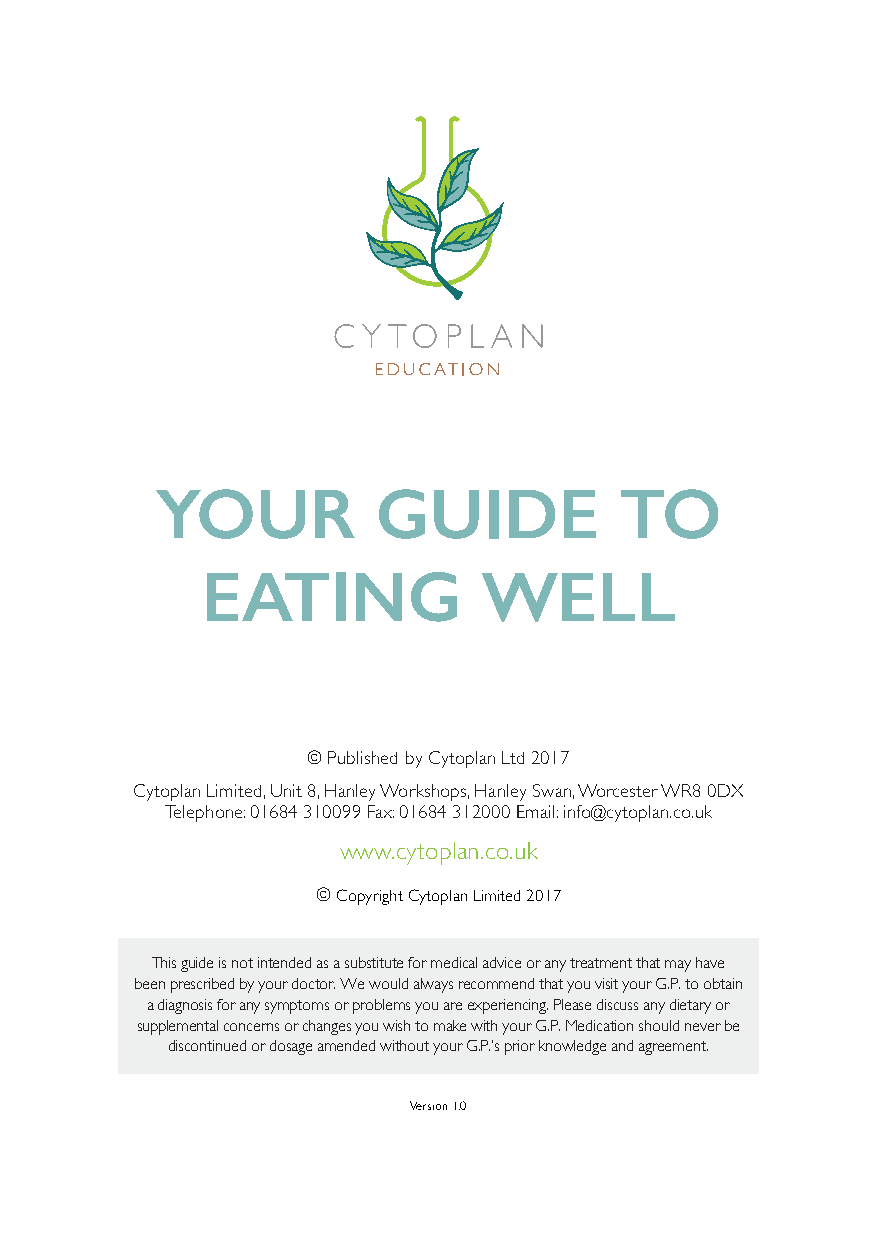
YOUR           GUIDE           TO
 EATING             WELL
 © Published by Cytoplan Ltd 2017
 Cytoplan Limited, Unit 8, Hanley Workshops, Hanley Swan, Worcester WR8 0DX
 Telephone: 01684 310099 Fax: 01684 312000 Email: info@cytoplan.co.uk
 www.cytoplan.co.uk
 © Copyright Cytoplan Limited 2017
 This guide is not intended as a substitute for medical advice or any treatment that may have
 been prescribed by your doctor. We would always recommend that you visit your G.P. to obtain
 a diagnosis for any symptoms or problems you are experiencing. Please discuss any dietary or
 supplemental concerns or changes you wish to make with your G.P. Medication should never be
 discontinued or dosage amended without your G.P.’s prior knowledge and agreement.
 Version 1.0